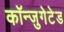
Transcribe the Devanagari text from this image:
कॉन्जुगेटेड